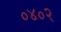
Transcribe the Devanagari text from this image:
०४०२